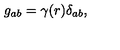
g _ { a b } = \gamma ( r ) \delta _ { a b } ,